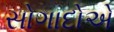
સોગાદોએ